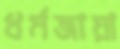
ধর্মজায়া